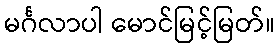
မင်္ဂလာပါ မောင်မြင့်မြတ်။